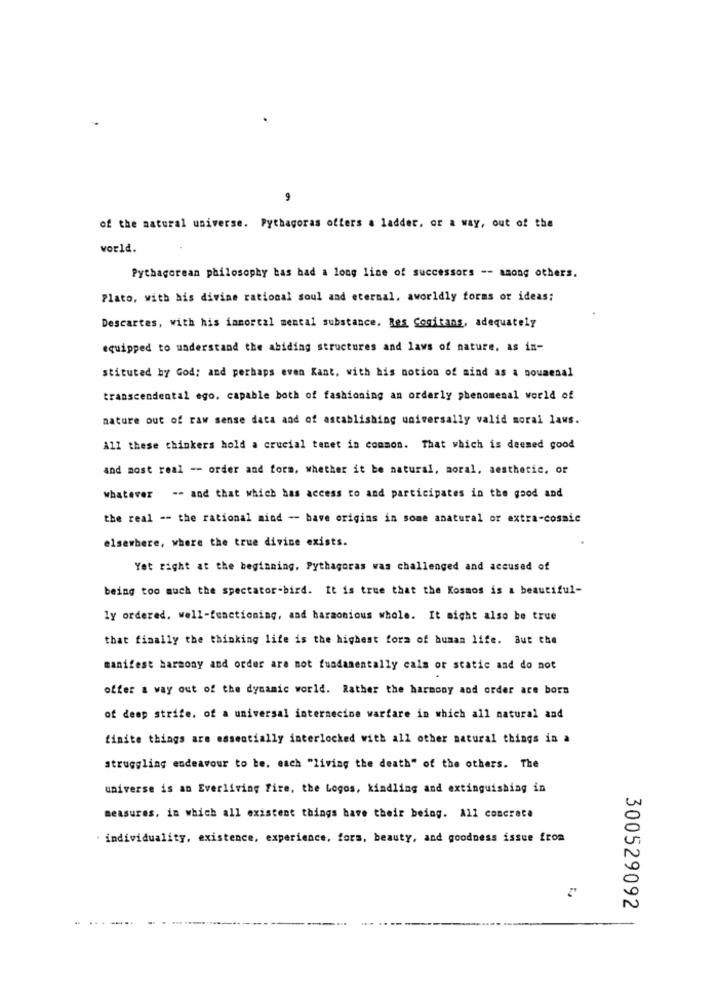
of the natural universe. Pythagoras offers a ladder, or a way, out of the
world.
Pythagorean philosophy bas bad a long line of successors -- among others.
Plato, with his divine rational soul and eternal, aworldly forms of ideas:
Descartes, with his innorcal mental substance. Bes Cogitans, adequately
equipped to understand the abiding structures and laws of nature, as in-
stituted by God; and perhaps even Kant, with bis notion of mind as a soumenal
transcendental ego, capable both of fashioning an orderly phenomenal world of
nature out of raw sense data and of establishing universally valid moral laws.
All these thinkers hold a crucial tanet in common. That which is deemed good
and most real -- order and form, whether it be natural, moral, aesthetic, or
whatever -- and that which has access to and participates in the good and
the real -- the rational mind -- have origins in some anatural or extra-cosmic
elsewhere, where the true divine exists.
Yet right at the beginning. Pythagoras was challenged and accused of
being too much the spectator-bird. It is true that the Kosmos is a beautiful-
ly ordered, well-functioning, and harmonious whole. It might also be true
that finally the thinking life is the highest form of human life. But the
manifest harmony and order are not fundamentally calm or static and do not
offer a way out of the dynamic world. Rather the harmony and order are born
of deep strife, of a universal internecine warfare in which all natural and
finite things are essentially interlocked with all other natural things in a
struggling endeavour to be. each "living the death" of the others. The
universe is an Everliving Fire, the Logos, kindling and extinguishing in
measures, in which all existent things have their being. All concreta
. individuality, existence, experience, fors, beauty, and goodness issue from
300529092